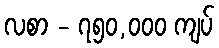
လစာ - ၇၅၀,၀၀၀ ကျပ်